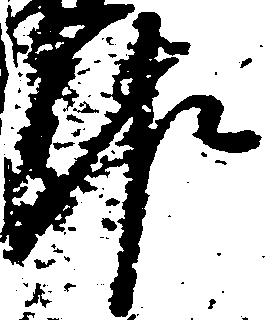
報